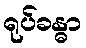
ရုပ်ခန္ဓာ